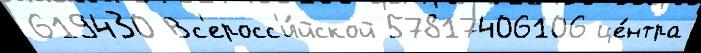
619430 Вс'еросс'и́йской 57817406106 це́нтра